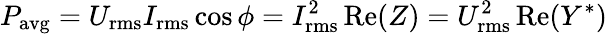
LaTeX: P_{\mathrm{{avg}}}=U_{\mathrm{rms}}I_{\mathrm{rms}}\cos\phi=I_{\mathrm{rms}}^{2}\operatorname{Re}(Z)=U_{\mathrm{rms}}^{2}\operatorname{Re}(Y^{*})